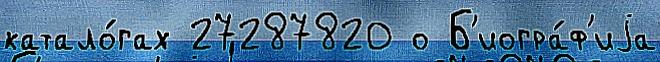
катало́гах 27287820 о Б'иогра́ф'иjа